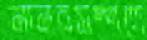
মানবসম্পদে